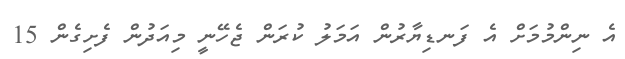
އެ ނިންމުމަށް އެ ފަނޑިޔާރުން އަމަލު ކުރަން ޖެހޭނީ މިއަދުން ފެށިގެން 15